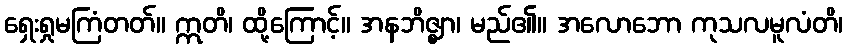
ရှေးရှုမကြံတတ်။ ဣတိ၊ ထို့ကြောင့်။ အနဘိဇ္ဈာ၊ မည်၏။ အလောဘော ကုသလမူလံတိ၊